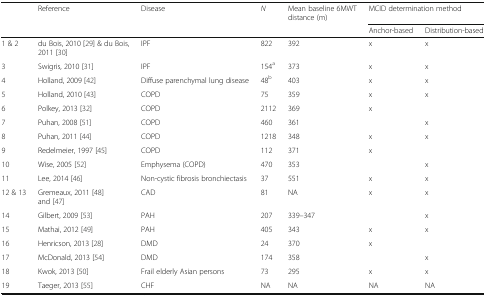
<table><thead><tr><td></td><td><b>Reference</b></td><td><b>Disease</b></td><td><b><i>N</i></b></td><td><b>Mean baseline 6MWT distance (m)</b></td><td colspan="2"><b>MCID determination method</b></td></tr><tr><td></td><td></td><td></td><td></td><td></td><td><b>Anchor-based</b></td><td><b>Distribution-based</b></td></tr></thead><tbody><tr><td>1 &amp; 2</td><td>du Bois, 2010 [29] &amp; du Bois, 2011 [30]</td><td>IPF</td><td>822</td><td>392</td><td>x</td><td>x</td></tr><tr><td>3</td><td>Swigris, 2010 [31]</td><td>IPF</td><td>154<sup>a</sup></td><td>373</td><td>x</td><td>x</td></tr><tr><td>4</td><td>Holland, 2009 [42]</td><td>Diffuse parenchymal lung disease</td><td>48<sup>b</sup></td><td>403</td><td>x</td><td>x</td></tr><tr><td>5</td><td>Holland, 2010 [43]</td><td>COPD</td><td>75</td><td>359</td><td>x</td><td>x</td></tr><tr><td>6</td><td>Polkey, 2013 [32]</td><td>COPD</td><td>2112</td><td>369</td><td>x</td><td></td></tr><tr><td>7</td><td>Puhan, 2008 [51]</td><td>COPD</td><td>460</td><td>361</td><td></td><td>x</td></tr><tr><td>8</td><td>Puhan, 2011 [44]</td><td>COPD</td><td>1218</td><td>348</td><td>x</td><td>x</td></tr><tr><td>9</td><td>Redelmeier, 1997 [45]</td><td>COPD</td><td>112</td><td>371</td><td>x</td><td></td></tr><tr><td>10</td><td>Wise, 2005 [52]</td><td>Emphysema (COPD)</td><td>470</td><td>353</td><td></td><td>x</td></tr><tr><td>11</td><td>Lee, 2014 [46]</td><td>Non-cystic fibrosis bronchiectasis</td><td>37</td><td>551</td><td>x</td><td>x</td></tr><tr><td>12 &amp; 13</td><td>Gremeaux, 2011 [48] and [47]</td><td>CAD</td><td>81</td><td>NA</td><td>x</td><td>x</td></tr><tr><td>14</td><td>Gilbert, 2009 [53]</td><td>PAH</td><td>207</td><td>339–347</td><td></td><td>x</td></tr><tr><td>15</td><td>Mathai, 2012 [49]</td><td>PAH</td><td>405</td><td>343</td><td>x</td><td>x</td></tr><tr><td>16</td><td>Henricson, 2013 [28]</td><td>DMD</td><td>24</td><td>370</td><td>x</td><td></td></tr><tr><td>17</td><td>McDonald, 2013 [54]</td><td>DMD</td><td>174</td><td>358</td><td></td><td>x</td></tr><tr><td>18</td><td>Kwok, 2013 [50]</td><td>Frail elderly Asian persons</td><td>73</td><td>295</td><td>x</td><td>x</td></tr><tr><td>19</td><td>Taeger, 2013 [55]</td><td>CHF</td><td>NA</td><td>NA</td><td>NA</td><td>NA</td></tr></tbody></table>